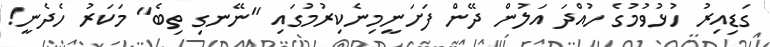
ގަޑިއިރު ހުޅުވުމުގެ ހުއްދަ އަލުން ދޭން ފަށަނީމިނެކިރުމުގައި "ނޭނގި ތިބެ" މަކަރު ހެދެނީ!